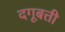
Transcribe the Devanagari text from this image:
दगूबत्ती